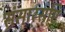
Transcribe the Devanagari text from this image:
संसारसृष्टि